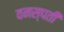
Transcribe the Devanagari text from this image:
वनस्‍पती